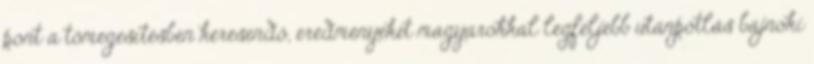
pont a tömegesítésben keresendő, eredményeket magyarokkal legfeljebb utánpótlás bajnoki